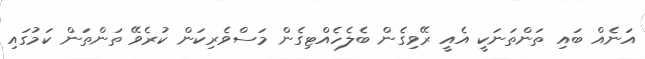
އަނެއް ބައި ތަންތަނަކީ އެއީ ރޭވިގެން ބެލެހެއްޓިގެން މަސްވެރިކަން ކުރެވޭ ތަންތަން ކަމުގައި